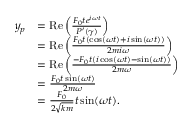
{ \begin{array} { r l } { y _ { p } } & { = \operatorname { R e } \left( { \frac { F _ { 0 } t e ^ { i \omega t } } { P ^ { \prime } ( \gamma ) } } \right) } \\ & { = \operatorname { R e } \left( { \frac { F _ { 0 } t ( \cos ( \omega t ) + i \sin ( \omega t ) ) } { 2 m i \omega } } \right) } \\ & { = \operatorname { R e } \left( { \frac { - F _ { 0 } t ( i \cos ( \omega t ) - \sin ( \omega t ) ) } { 2 m \omega } } \right) } \\ & { = { \frac { F _ { 0 } t \sin ( \omega t ) } { 2 m \omega } } } \\ & { = { \frac { F _ { 0 } } { 2 { \sqrt { k m } } } } t \sin ( \omega t ) . } \end{array} }